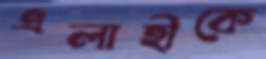
এলাহীকে